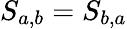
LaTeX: S_{a,b}=S_{b,a}